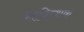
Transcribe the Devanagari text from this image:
कापित्थक